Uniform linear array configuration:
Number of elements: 16
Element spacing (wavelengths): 0.75
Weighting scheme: hann
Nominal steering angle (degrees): -60
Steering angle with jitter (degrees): -59.241
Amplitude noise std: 0.05
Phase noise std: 0.05

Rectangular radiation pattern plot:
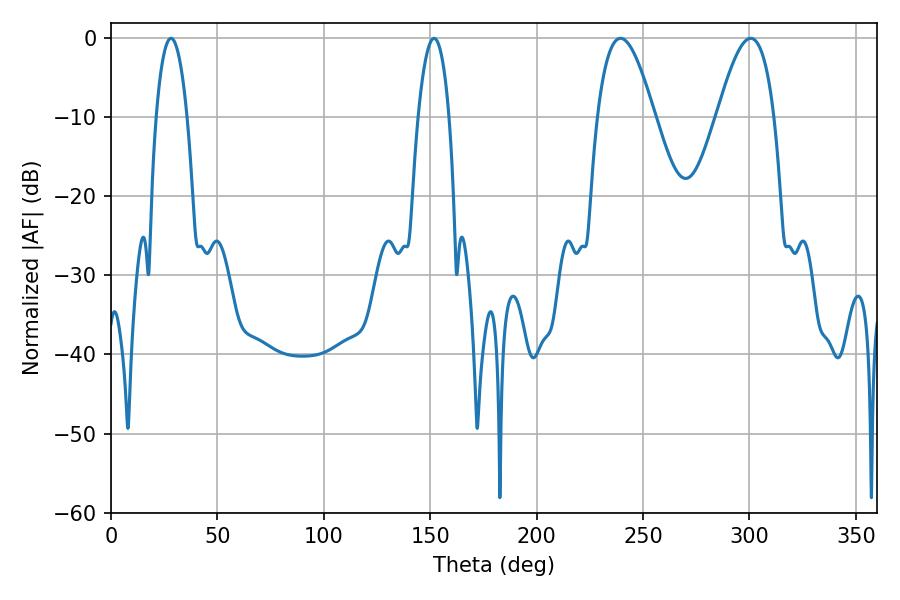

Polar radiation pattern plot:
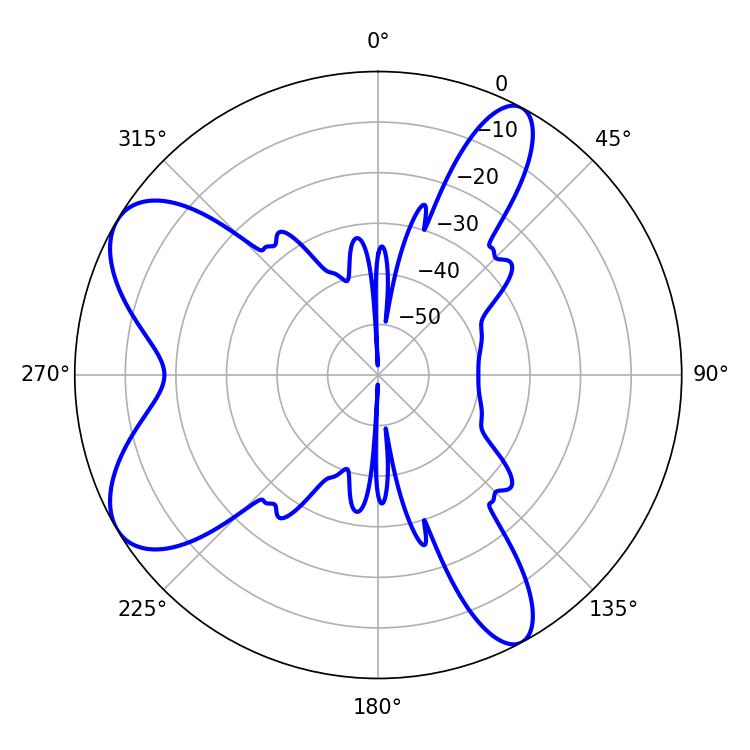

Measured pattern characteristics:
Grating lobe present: TRUE
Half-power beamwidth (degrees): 14.58
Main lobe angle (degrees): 239.4